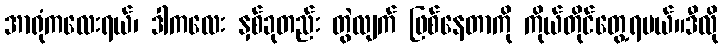
အာရုံကလေးရယ်၊ ဒါကလေး နှစ်ခုတည်း တွဲလျက် ဖြစ်နေတာကို ကိုယ်တိုင်တွေ့ရမယ်။ဒီလို